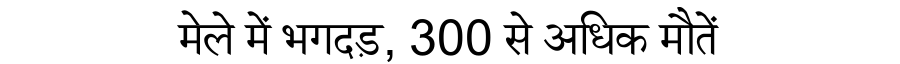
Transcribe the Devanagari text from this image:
मेले में भगदड़, 300 से अधिक मौतें